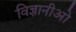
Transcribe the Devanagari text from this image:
विज्ञानीओ